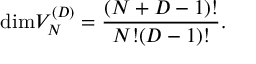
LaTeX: \mathrm { d i m } V _ { N } ^ { ( D ) } = { \frac { ( N + D - 1 ) ! } { N ! ( D - 1 ) ! } } .